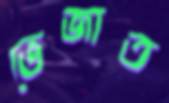
ভেজাত